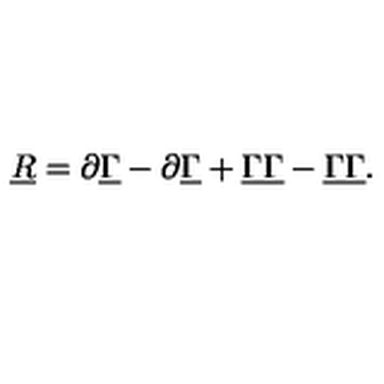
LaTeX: \underline { { R } } = \partial \underline { { \Gamma } } - \partial \underline { { \Gamma } } + { \underline { { \Gamma } } } \underline { { \Gamma } } - { \underline { { \Gamma } } } \underline { { \Gamma } } .